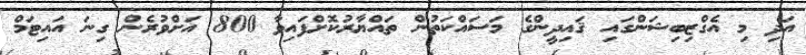
އަދި މި އެގްޒިބިޝަންގައި ޤައިދީންގެ މަސައްކަތުން ތައްޔާރުކޮށްފައިވާ 800 އަށްވުރެން ގިނަ އައިޓަމް